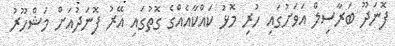
ފޮނަދޫ ބަރާސިލް އަވަށުގައި ހުރި މޮޅު ކައްކާއެއްގެ ގޮތުގައި އޭރު ފޮނަދުއަށް މަޝްހޫރު